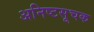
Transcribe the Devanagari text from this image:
अनिष्टसूचक